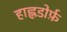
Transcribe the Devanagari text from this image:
हाह्नडोर्फ़